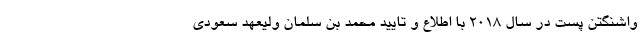
واشنگتن پست در سال 2018 با اطلاع و تایید محمد بن سلمان ولیعهد سعودی